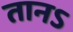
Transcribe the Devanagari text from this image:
तानऽ